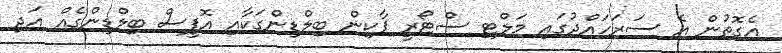
އެގޮތުން އެ ސަރަހައްދުގައި މަލްޓި ސްޓޯރީ ޕާކިން ބިލްޑިންގަކާއި އޮފީސް ބިލްޑިންގެއް އަދި